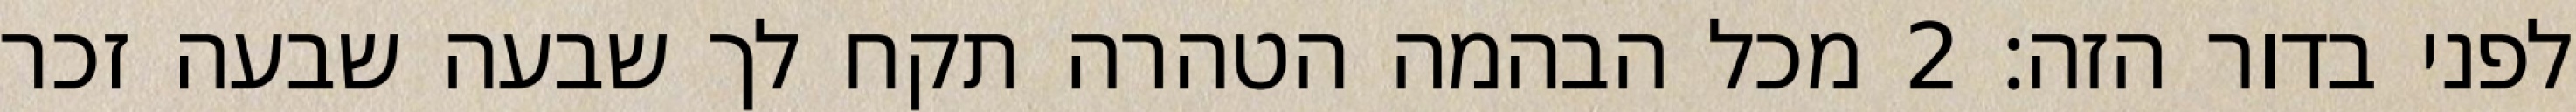
לפני בדור הזה׃ ‎2‏ מכל הבהמה הטהרה תקח לך שבעה שבעה זכר